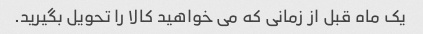
یک ماه قبل از زمانی که می خواهید کالا را تحویل بگیرید.